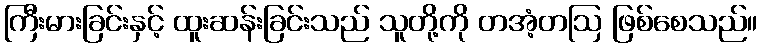
ကြီးမားခြင်းနှင့် ထူးဆန်းခြင်းသည် သူတို့ကို တအံ့တဩ ဖြစ်စေသည်။